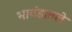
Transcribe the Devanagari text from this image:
भावंडातले